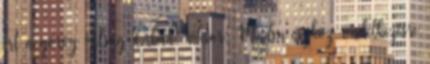
ért a görög válság Orbán Viktor: Minden eszköz rendelkezésre